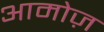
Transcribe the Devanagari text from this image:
आमोज़